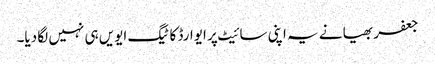
جعفر بھیا نے یہ اپنی سائیٹ پر ایوارڈ کا ٹیگ ایویں ہی نہیں لگا دیا۔